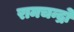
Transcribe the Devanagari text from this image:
रामचन्द्रो